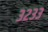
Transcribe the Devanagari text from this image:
३२३३